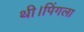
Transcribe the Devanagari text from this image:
थी।पिंगला